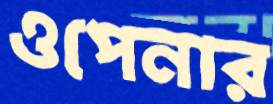
ওপেনার